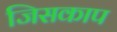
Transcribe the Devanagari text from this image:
जिसकाप